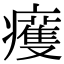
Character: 𤻙